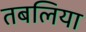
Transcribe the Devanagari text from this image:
तबलिया